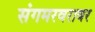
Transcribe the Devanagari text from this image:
संगमरवरावर